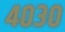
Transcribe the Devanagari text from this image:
४०३०